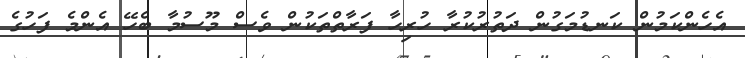
އެހެންކަމުން ކަނޑުމަގުން ދަތުރުކުރާ ހުރިހާ ފަރާތްތަކުން ވެސް މޫސުމާ ބެހޭ އެންމެ ފަހުގެ